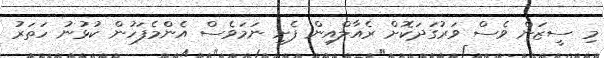
މި ސީޒަން ވެސް ވަރުގަދަކޮށް ރެއާލްއިން ފެށި ނަމަވެސް އެންމެފަހުން ކުޅުނު ހަތަރު